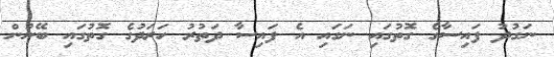
ނަގުދު ފައިސާގެ ގޮތުގައި ނަގައި އެ ފައިސާ ދަތުރު ހަރަދުގެ ގޮތުގައި ބޭނުން